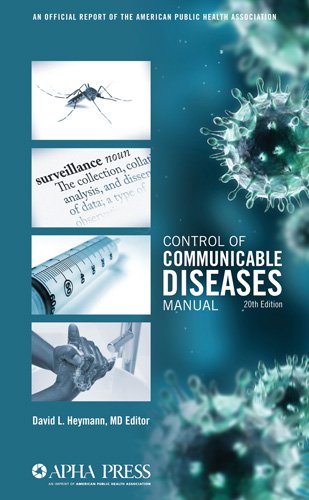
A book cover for Control of Communicable Diseases Manual; David L. Heymann; Medical Books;